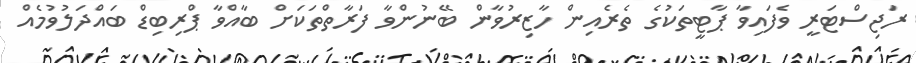
ރަޖިސްޓަރީ ވެފައިވާ ޕާޓީތަކުގެ ތެރެއިން ހާޒިރުވާން ބޭނުންވާ ފަރާތްތަކަށް ބާއްވާ ޕްރިބިޑް ބައްދަލުވުމެއް